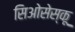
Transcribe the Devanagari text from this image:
सिओसेस्कू